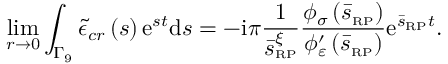
\operatorname* { l i m } _ { r \rightarrow 0 } \int _ { \Gamma _ { 9 } } \tilde { \epsilon } _ { c r } \left( s \right) \mathrm { e } ^ { s t } \mathrm { d } s = - \mathrm { i } \pi \frac { 1 } { \bar { s } _ { \scriptscriptstyle { \mathrm { R P } } } ^ { \xi } } \frac { \phi _ { \sigma } \left( \bar { s } _ { \scriptscriptstyle { \mathrm { R P } } } \right) } { \phi _ { \varepsilon } ^ { \prime } \left( \bar { s } _ { \scriptscriptstyle { \mathrm { R P } } } \right) } \mathrm { e } ^ { \bar { s } _ { \scriptscriptstyle { \mathrm { R P } } } t } .